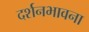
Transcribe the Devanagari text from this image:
दर्शनभावना